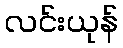
လင်းယုန်